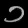
Digit: ၁